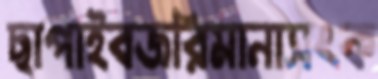
ছাপাইবজরিমানাসংক